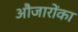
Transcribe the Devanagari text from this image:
औजारोंका